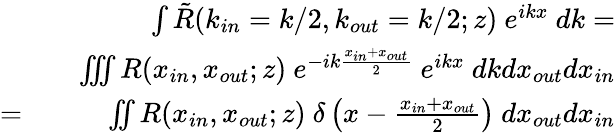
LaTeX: \begin{array}{rlr}&{}&{\int{\tilde{R}(k_{in}=k/2,k_{out}=k/2;z)~e^{ikx}~dk}=}\\ &{}&{\iiint{R(x_{in},x_{out};z)~e^{-ik\frac{x_{in}+x_{out}}{2}}~e^{ikx}~dkdx_{out}dx_{in}}}\\ {=}&{}&{\iint{R(x_{in},x_{out};z)~\delta\left(x-\frac{x_{in}+x_{out}}{2}\right)~dx_{out}dx_{in}}}\end{array}